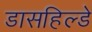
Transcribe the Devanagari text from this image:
डासहिल्डे